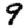
Digit: 9